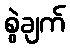
စွဲချက်